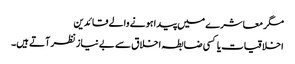
مگر معاشرے میں پیدا ہونے والے قائدین
اخلاقیات یا کسی ضابطہ اخلاق سے بے نیاز نظر آتے ہیں۔